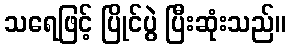
သရေဖြင့် ပြိုင်ပွဲ ပြီးဆုံးသည်။